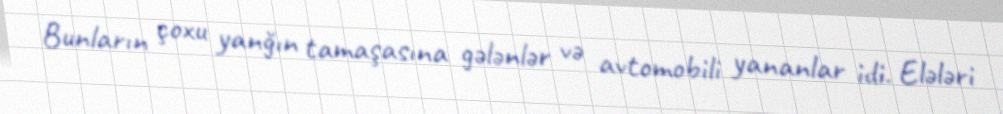
Bunların çoxu yanğın tamaşasına gələnlər və avtomobili yananlar idi. Elələri